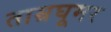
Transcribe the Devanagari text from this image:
ताम्रघूमर